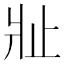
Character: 𱭍